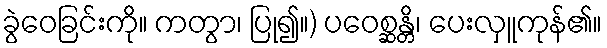
ခွဲဝေခြင်းကို။ ကတွာ၊ ပြု၍။) ပဝေစ္ဆန္တိ၊ ပေးလှူကုန်၏။